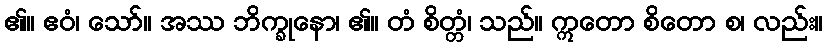
၏။ ဧဝံ၊ သော်။ အဿ ဘိက္ခုနော၊ ၏။ တံ စိတ္တံ၊ သည်။ ဣတော စိတော စ၊ လည်း။